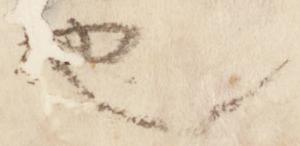
也